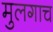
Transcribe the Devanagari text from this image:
मुलगाच